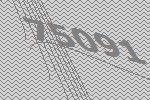
75091